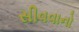
સીવવાનો